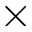
\times